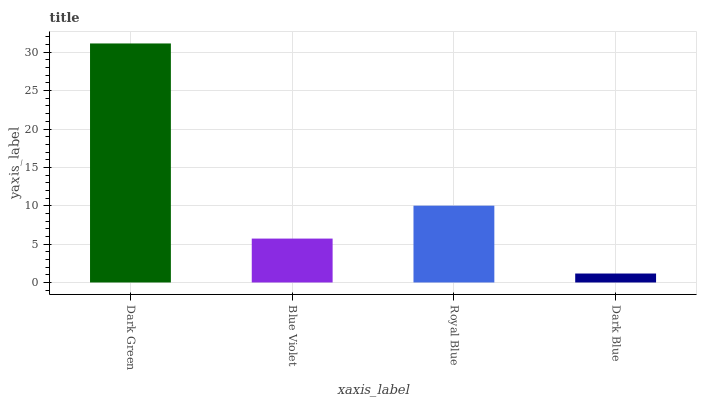
| xaxis_label | bars |
 | --- | --- |
 | Dark Green | 31.2 |
 | Blue Violet | 5.72 |
 | Royal Blue | 10 |
 | Dark Blue | 1.17 |